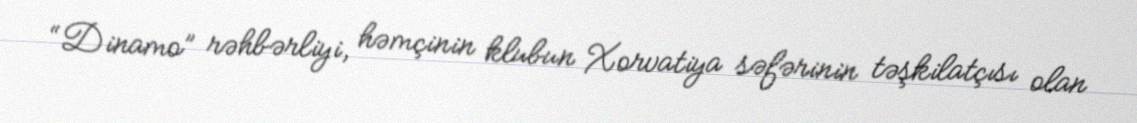
“Dinamo” rəhbərliyi, həmçinin klubun Xorvatiya səfərinin təşkilatçısı olan